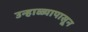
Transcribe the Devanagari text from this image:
उन्हाळ्यापासून